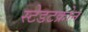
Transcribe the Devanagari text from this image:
स्टेडटक्रोन